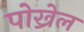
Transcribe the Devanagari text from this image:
पोख्रेल